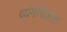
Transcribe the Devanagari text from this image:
व्यंगचित्रात